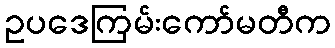
ဥပဒေကြမ်းကော်မတီက